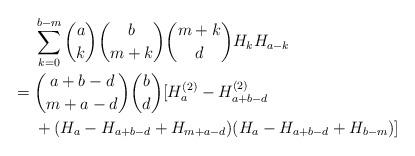
LaTeX: \begin{align*} & \sum_{k=0}^{b-m} \binom{a}{k}\binom{b}{m+k}\binom{m+k}{d}H_k H_{a-k} \\={} & \binom{a+b-d}{m+a-d}\binom{b}{d}[H_a^{(2)}-H_{a+b-d}^{(2)} \\ & + (H_a-H_{a+b-d}+H_{m+a-d})(H_a-H_{a+b-d}+H_{b-m})]\end{align*}